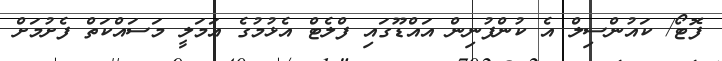
ފޮޓޯ/ ކައުންސިލް އެ ކުންފުނިން އައްޑޫގައި ފްލެޓް އެޅުމުގެ އަމަލީ މަސައްކަތް ފެށުމަށް